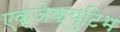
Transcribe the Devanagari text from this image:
एक्जेक्युटिभ